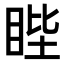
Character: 𥆯